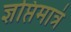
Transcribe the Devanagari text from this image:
ज्ञप्तिमात्रं